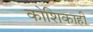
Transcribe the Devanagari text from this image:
कोशिकाही